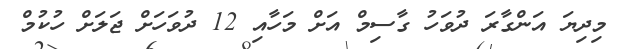
މިދިޔަ އަންގާރަ ދުވަހު ގާސިމް އަށް މަހާއި 12 ދުވަހަށް ޖަލަށް ހުކުމް